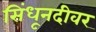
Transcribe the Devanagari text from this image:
सिंधूनदीवर